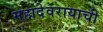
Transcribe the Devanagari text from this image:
महादेवरायाची